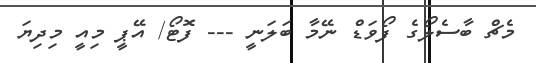
މެޗް ބާސެލޯގެ ފޯވަޑް ނޭމާ ބަލަނީ --- ފޮޓޯ/ އޭޕީ މިއީ މިދިޔަ